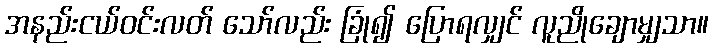
အနည်းငယ်ဝင်းလတ် သော်လည်း ခြုံ၍ ပြောရလျှင် လူညိုချောမျှသာ။